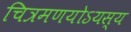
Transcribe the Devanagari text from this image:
चित्रमणयोऽयस्य